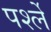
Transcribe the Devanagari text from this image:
पर्श्ले